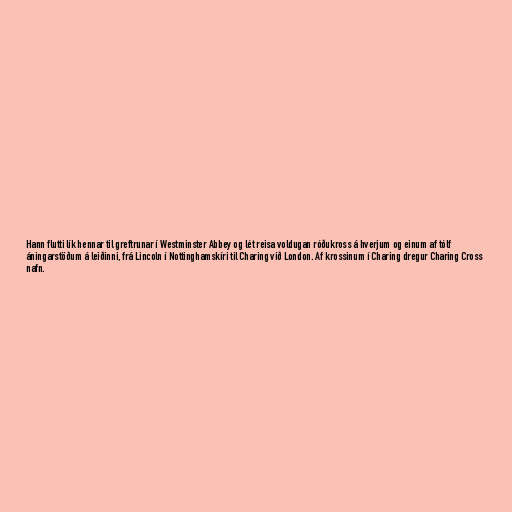
Hann flutti lík hennar til greftrunar í Westminster Abbey og lét reisa voldugan róðukross á hverjum og einum af tólf
áningarstöðum á leiðinni, frá Lincoln í Nottinghamskíri til Charing við London. Af krossinum í Charing dregur Charing Cross
nafn.